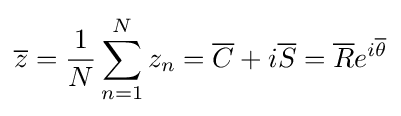
{\overline {z}}={\frac {1}{N}}\sum _{n=1}^{N}z_{n}={\overline {C}}+i{\overline {S}}={\overline {R}}e^{i{\overline {\theta }}}